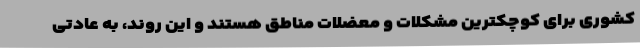
کشوری برای کوچکترین مشکلات و معضلات مناطق هستند و این روند، به عادتی